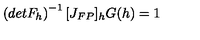
\left( d e t F _ { h } \right) ^ { - 1 } [ J _ { F P } ] _ { h } G ( h ) = 1